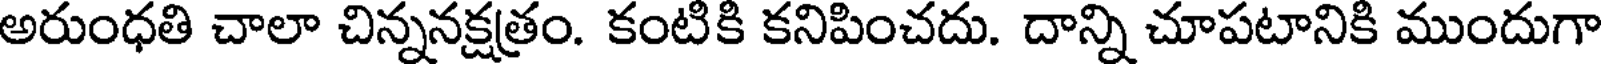
అరుంధతి చాలా చిన్ననక్షత్రం. కంటికి కనిపించదు. దాన్ని చూపటానికి ముందుగా